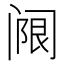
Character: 𬮵